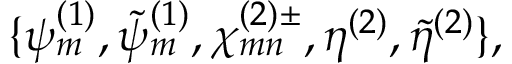
\{ \psi _ { m } ^ { ( 1 ) } , \tilde { \psi } _ { m } ^ { ( 1 ) } , \chi _ { m n } ^ { ( 2 ) \pm } , \eta ^ { ( 2 ) } , \tilde { \eta } ^ { ( 2 ) } \} ,